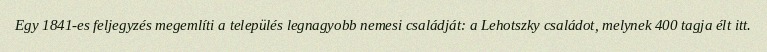
Egy 1841-es feljegyzés megemlíti a település legnagyobb nemesi családját: a Lehotszky családot, melynek 400 tagja élt itt.